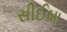
સીઈબા